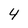
Character: 4